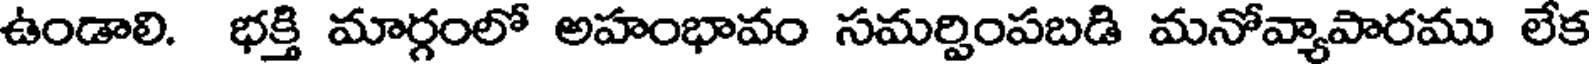
ఉండాలి. భక్తి మార్గంలో అహంభావం సమర్పింపబడి మనోవ్యాపారము లేక